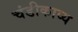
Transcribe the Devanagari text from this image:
चंडीकाव्य